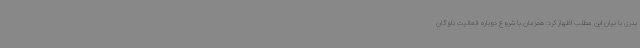
بدری با بیان این مطلب اظهار کرد: همزمان با شروع دوباره فعالیت ناوگان